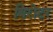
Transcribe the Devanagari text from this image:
बिरोटर